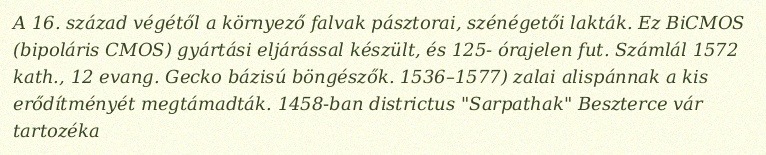
A 16. század végétől a környező falvak pásztorai, szénégetői lakták. Ez BiCMOS (bipoláris CMOS) gyártási eljárással készült, és 125- órajelen fut. Számlál 1572 kath., 12 evang. Gecko bázisú böngészők. 1536–1577) zalai alispánnak a kis erődítményét megtámadták. 1458-ban districtus "Sarpathak" Beszterce vár tartozéka